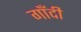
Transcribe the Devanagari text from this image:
गाँदी